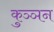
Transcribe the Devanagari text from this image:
कुञ्ञन